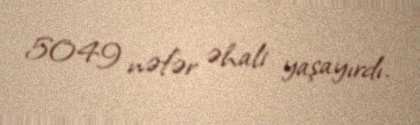
5049 nəfər əhali yaşayırdı.